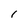
Character: 1